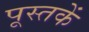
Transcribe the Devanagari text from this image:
पूस्‍तकें